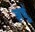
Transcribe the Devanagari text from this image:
ज़चुं